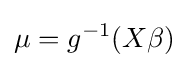
\mu =g^{-1}(X\beta )